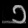
Digit: ၁